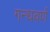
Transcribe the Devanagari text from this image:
गन्धवर्ण